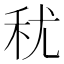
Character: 𮂱